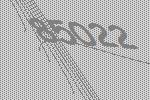
85022